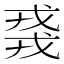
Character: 𫻸